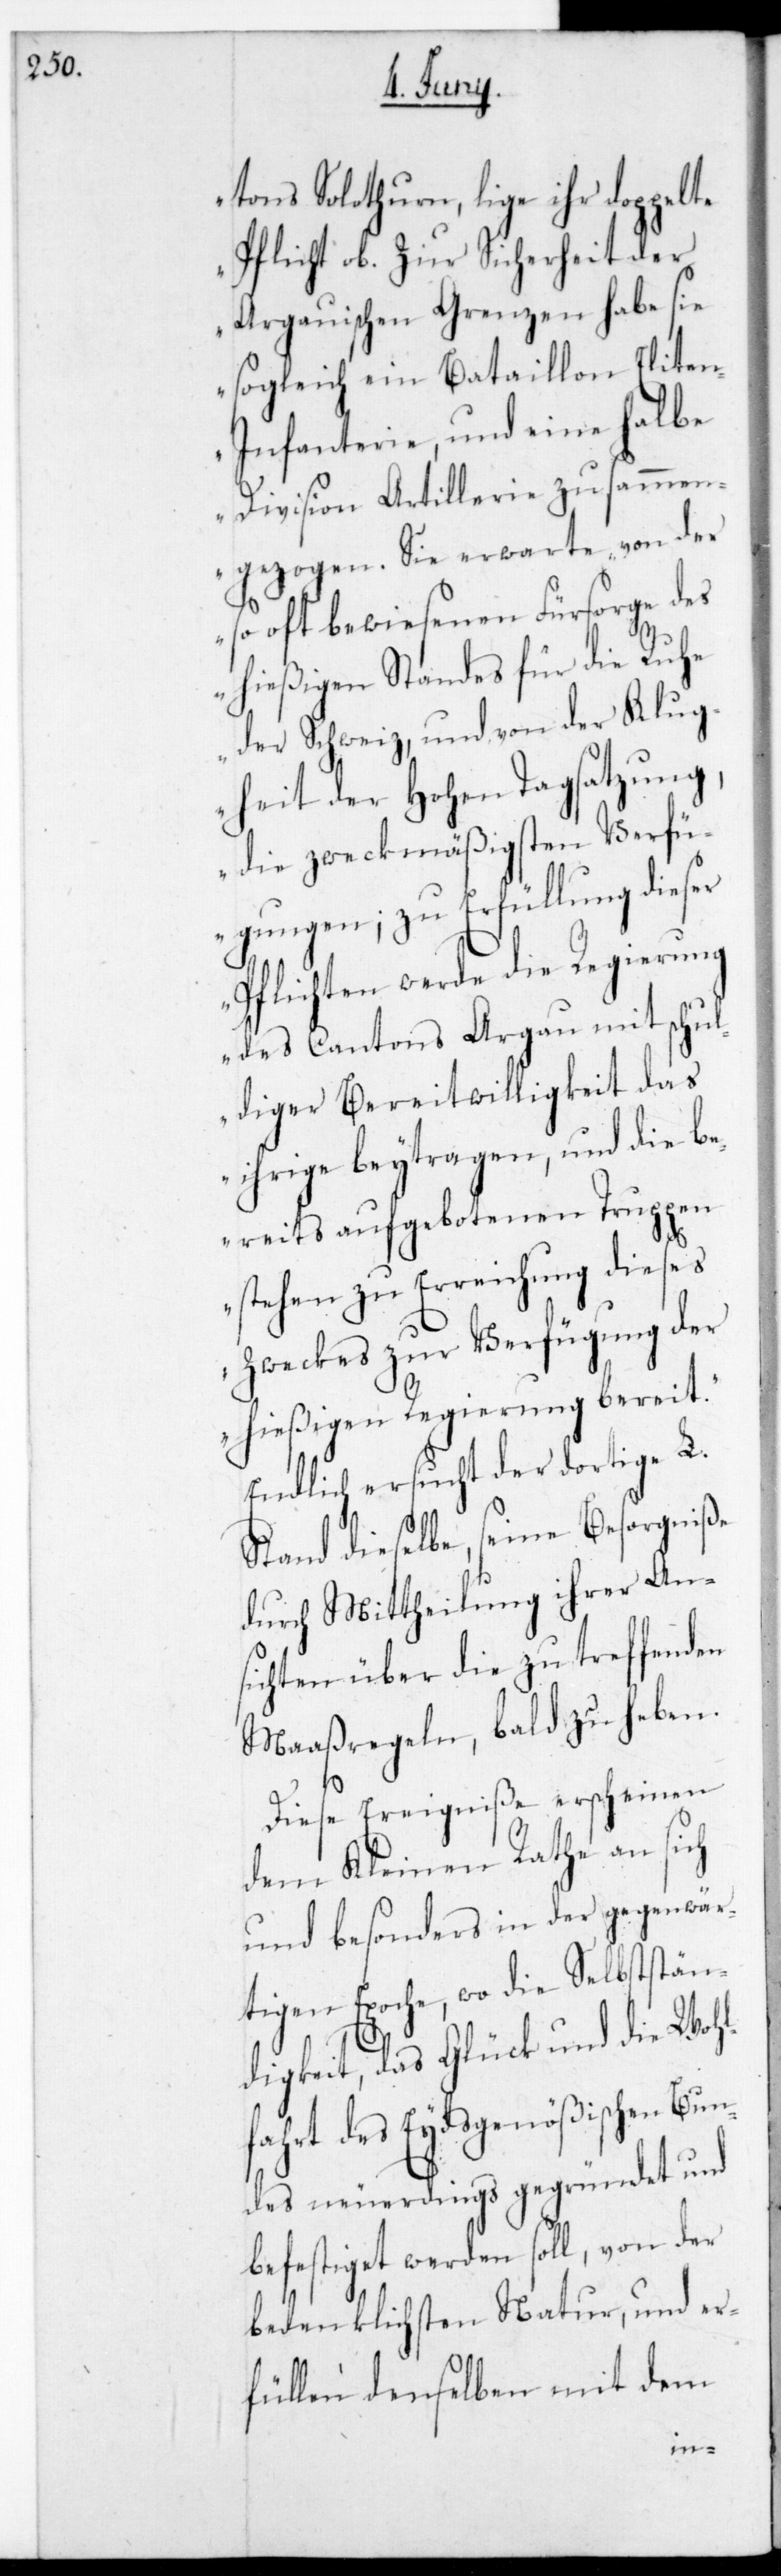
tons Solothurn, liege ihr doppelte
Pflicht ob, zur Sicherheit der
Argauischen Grenzen habe sie
sogleich ein Bataillon Elite¬
n-Infanterie und eine halbe
Division Artillerie zusammen¬
gezogen. Sie erwarte von der
so oft bewiesenen Fürsorge des
hießigen Standes für die Ruhe
der Schweiz, und von der Klug¬
heit der Hohen Tagsatzung,
die zweckmäßigsten Verfü¬
gungen; zu Erfüllung dieser
Pflichten werde die Regierung
des Cantons Argau mit schul¬
diger Bereitwilligkeit das
Ihrige beytragen, und die be¬
reits aufgebotenen Truppen
stehen zu Erreichung dieses
Zweckes zur Verfügung der
hießigen Regierung bereit.“
Endlich ersucht der dortige L.
Stand dieselbe, seine Besorgniße
durch Mittheilung ihrer An¬
sichten über die zu treffenden
Maaßregeln, bald zu heben.
Diese Ereigniße erscheinen
dem Kleinen Rathe an sich
und besonders in der gegenwär¬
tigen Epoche, wo die Selbststän¬
digkeit, das Glück und die Wohl¬
fahrt des Eydsgenößischen Bun¬
des neuerdings gegründet und
befestiget werden soll, von der
bedenklichsten Natur, und er¬
füllen denselben mit dem